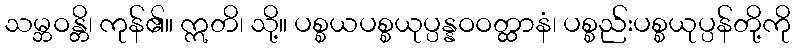
သမ္ဘဝန္တိ၊ ကုန်၏။ ဣတိ၊ သို့။ ပစ္စယပစ္စယုပ္ပန္နဝဝတ္ထာနံ၊ ပစ္စည်းပစ္စယုပ္ပန်တို့ကို